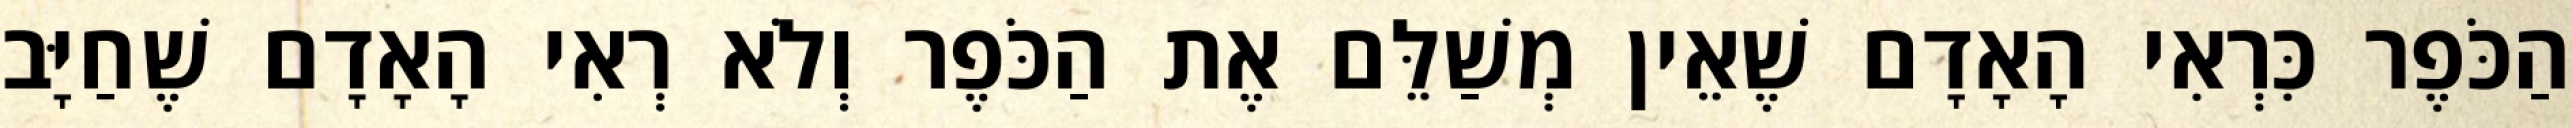
הַכֹּפֶר כִּרְאִי הָאָדָם שֶׁאֵין מְשַׁלֵּם אֶת הַכֹּפֶר וְלֹא רְאִי הָאָדָם שֶׁחַיָּב